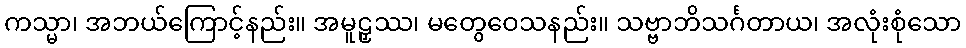
ကသ္မာ၊ အဘယ်ကြောင့်နည်း။ အမူဠှဿ၊ မတွေဝေသနည်း။ သဗ္ဗာဘိသင်္ဂတာယ၊ အလုံးစုံသော